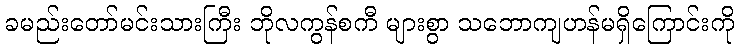
ခမည်းတော်မင်းသားကြီး ဘိုလကွန်စကီ များစွာ သဘောကျဟန်မရှိကြောင်းကို